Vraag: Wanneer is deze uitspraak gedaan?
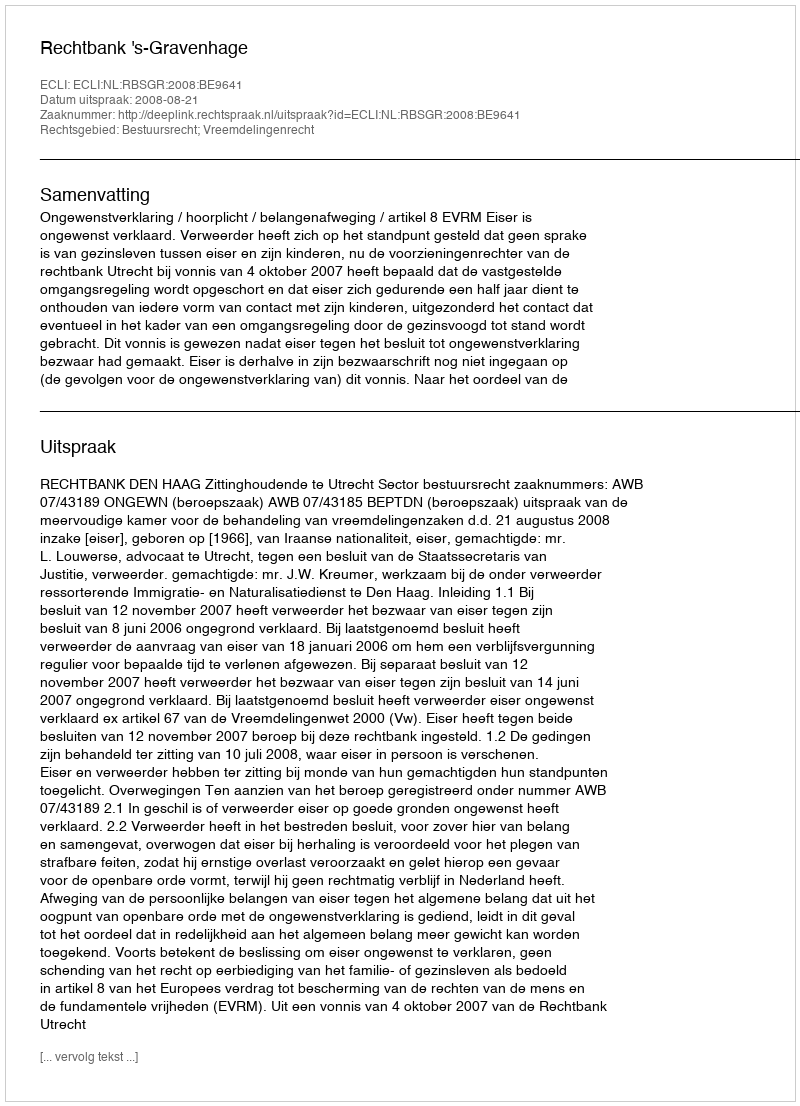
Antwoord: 2008-08-21